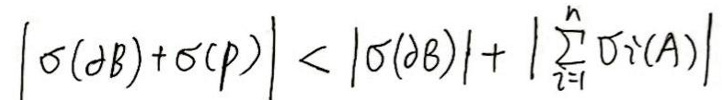
\[
|\sigma(\partial B) + \sigma(\rho)| < |\sigma(\partial B)| + \left|\sum_{i = 1}^{n} \sigma_i(A)\right|
\]